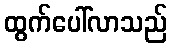
ထွက်ပေါ်လာသည်